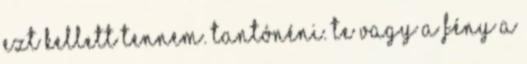
ezt kellett tennem. Tantónéni. Te vagy a fény a